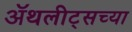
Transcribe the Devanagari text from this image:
ॲथलीट्सच्या